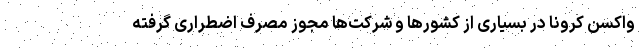
واکسن کرونا در بسیاری از کشورها و شرکت‌ها مجوز مصرف اضطراری گرفته